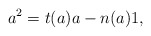
\begin{align*}a^2=t(a)a-n(a)1,\end{align*}